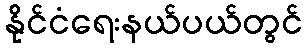
နိုင်ငံရေးနယ်ပယ်တွင်